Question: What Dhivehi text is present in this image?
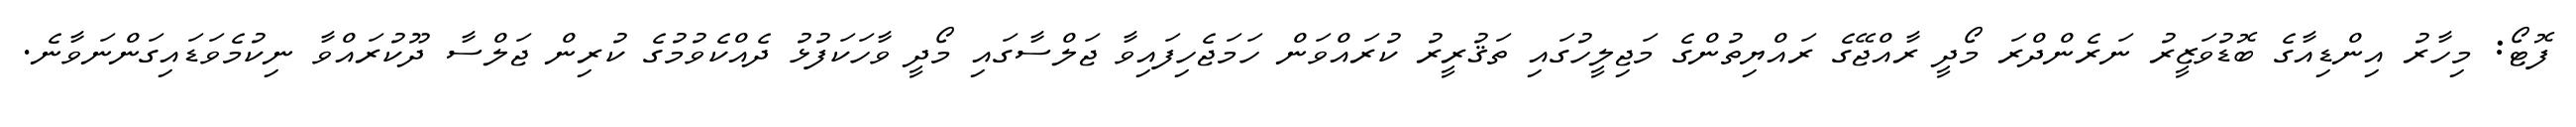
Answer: ފޮޓޯ: މިހާރު އިންޑިއާގެ ބޮޑުވަޒީރު ނަރެންދްރަ މޯދީ ރާއްޖޭގެ ރައްޔިތުންގެ މަޖިލީހުގައި ތަޤުރީރު ކުރައްވަން ހަމަޖެހިފައިވާ ޖަލްސާގައި މޯދީ ވާހަކަފުޅު ދެއްކެވުމުގެ ކުރިން ޖަލްސާ ދޫކުރައްވާ ނިކުމެވަޑައިގަންނަވާނެ.